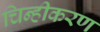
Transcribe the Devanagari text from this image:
चिन्हीकरण